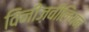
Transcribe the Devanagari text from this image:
विनीज़वीलियन